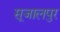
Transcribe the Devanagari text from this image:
सूजालपुर